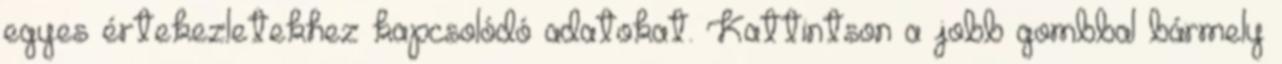
egyes értekezletekhez kapcsolódó adatokat. Kattintson a jobb gombbal bármely